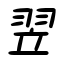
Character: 翌